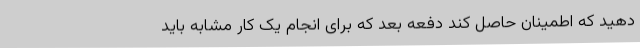
دهید که اطمینان حاصل کند دفعه بعد که برای انجام یک کار مشابه باید